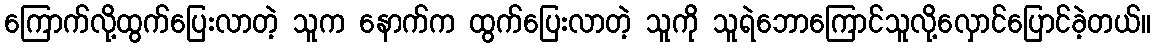
ကြောက်လို့ထွက်ပြေးလာတဲ့ သူက နောက်က ထွက်ပြေးလာတဲ့ သူကို သူရဲဘောကြောင်သူလို့လှောင်ပြောင်ခဲ့တယ်။